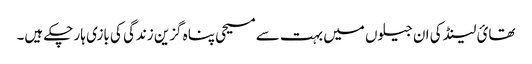
تھائ لینڈ کی ان جیلوں میں بہت سے مسیحی پناہ گزین زندگی کی بازی ہار چکے ہیں۔